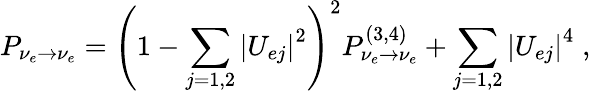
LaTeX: P_{\nu_{e}\to\nu_{e}}=\left(1-\sum_{j=1,2}\left|U_{ej}\right|^{2}\right)^{2}P_{\nu_{e}\to\nu_{e}}^{(3,4)}+\sum_{j=1,2}\left|U_{ej}\right|^{4}\; ,